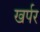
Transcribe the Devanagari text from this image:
खर्पर